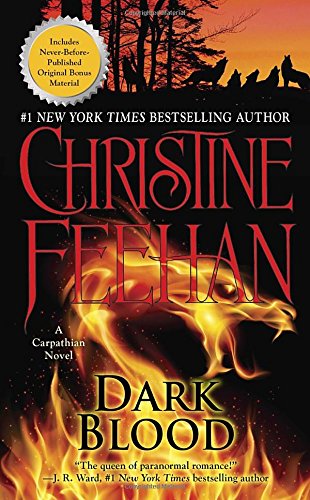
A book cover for Dark Blood: A Carpathian Novel; Christine Feehan; Romance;